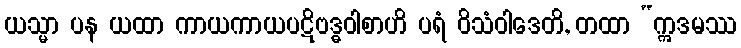
ယသ္မာ ပန ယထာ ကာယကာယပဋိဗဒ္ဓဝါစာဟိ ပရံ ဝိသံဝါဒေတိ, တထာ “ဣဒမဿ